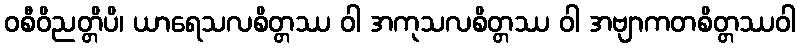
ဝစီဝိညတ္တိပိ၊ ယာရေသလစိတ္တဿ ဝါ အကုသလစိတ္တဿ ဝါ အဗျာကတစိတ္တဿဝါ